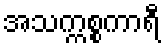
အသက္ကစ္စကာရီ